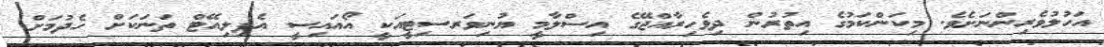
އަހުލުވެރިންނަށެވެ. މިކަންކަމުގެ އިތުރުން ދިވެހިރާއްޖޭގެ އިސްލާމީ ޔުނިވަރސިޓީއަކީ އޯއައިސީ އެފިލިއޭޓް ތަނަކަށް ހެދުމަށް